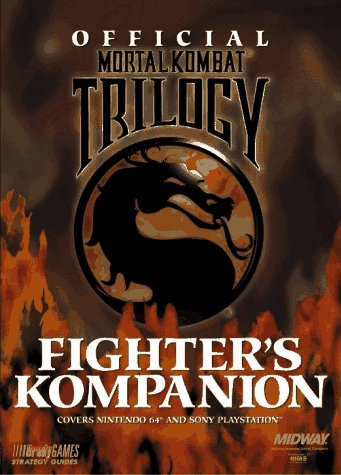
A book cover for Official Mortal Kombat Trilogy Fighter's Kompanion (Official Strategy Guides); BradyGames; Children's Books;